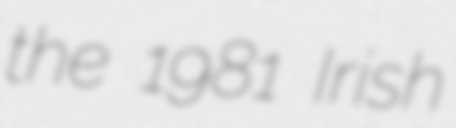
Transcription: the 1981 Irish